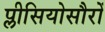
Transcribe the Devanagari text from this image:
प्लीसियोसौरों